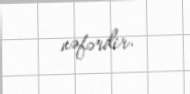
nəfərdir.